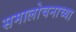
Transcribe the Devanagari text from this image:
समालोचनाच्या